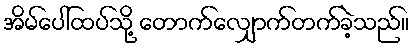
အိမ်ပေါ်ထပ်သို့ တောက်လျှောက်တက်ခဲ့သည်။